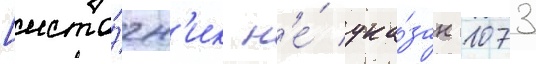
[исто́чн'ик н'е́ ука́зан 1073